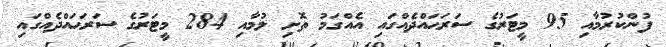
ފުންކުރުމާއި 95 މީޓަރުގެ ސަރަޙައްދެއްގައި އެއްގަމު ތޮށި ލުމާއި 284 މީޓަރުގެ ސަރަޙައްދެއްގައި